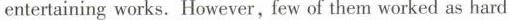
entertaining works. However, few of them worked as hard